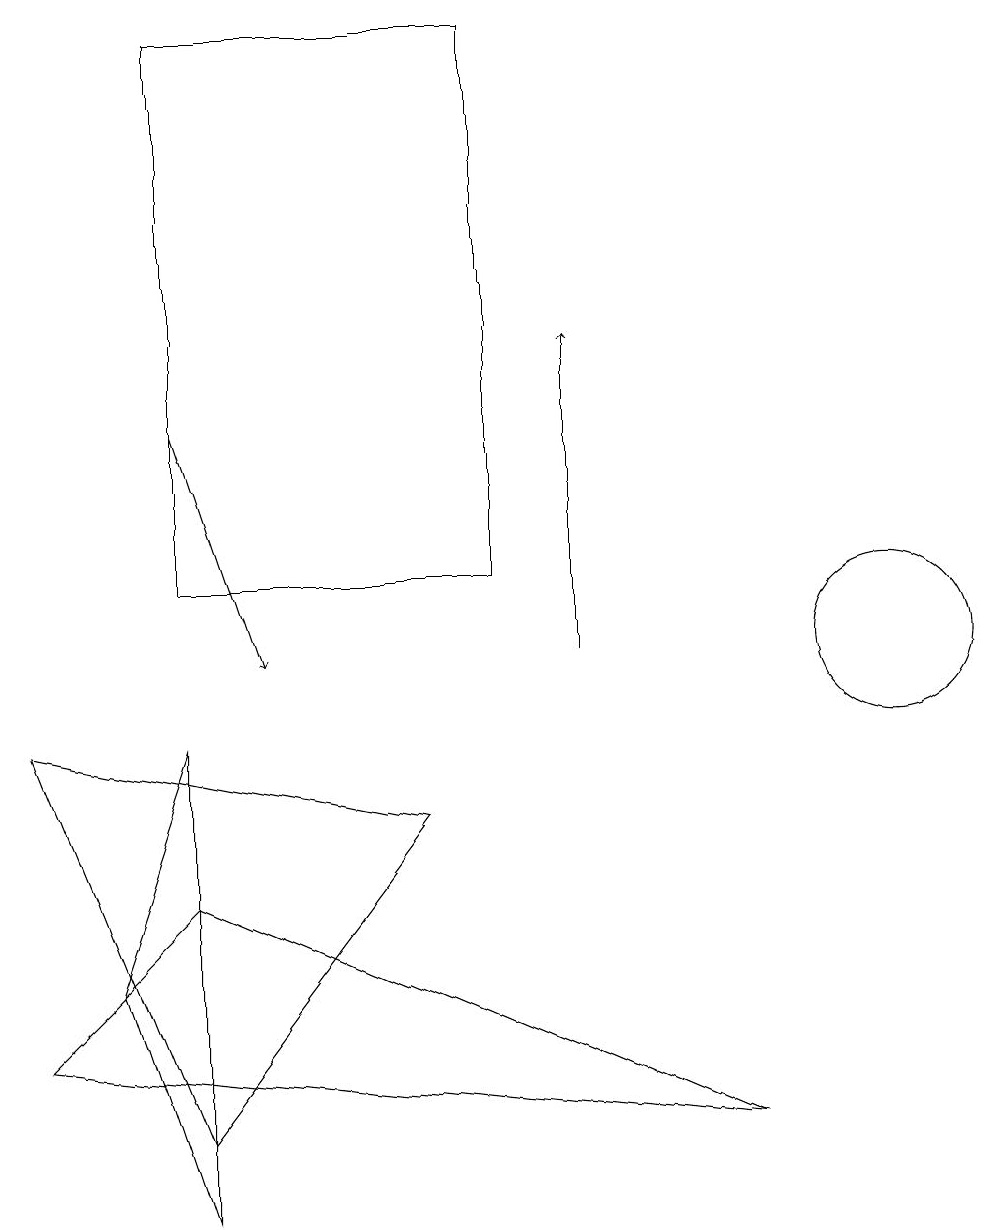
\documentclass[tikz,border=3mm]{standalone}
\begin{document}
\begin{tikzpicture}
\draw (11,10) circle (1);
\draw (0,5) -- (2,7) -- (9,4) -- cycle;
\draw[->] (2,13) -- (3,10);
\draw (0,9) -- (2,4) -- (5,8) -- cycle;
\draw (2,3) -- (2,9) -- (1,6) -- cycle;
\draw (12,11) circle (0);
\draw[->] (7,10) -- (7,14);
\draw (2,11) rectangle (6,18);
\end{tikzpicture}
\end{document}